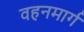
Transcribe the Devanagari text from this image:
वहनमार्ग